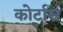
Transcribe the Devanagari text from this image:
कोर्टास